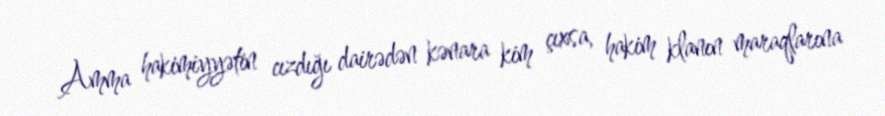
Amma hakimiyyətin cızdığı dairədən kənara kim çıxsa, hakim klanın maraqlarına